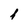
Character: i